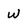
Character: W